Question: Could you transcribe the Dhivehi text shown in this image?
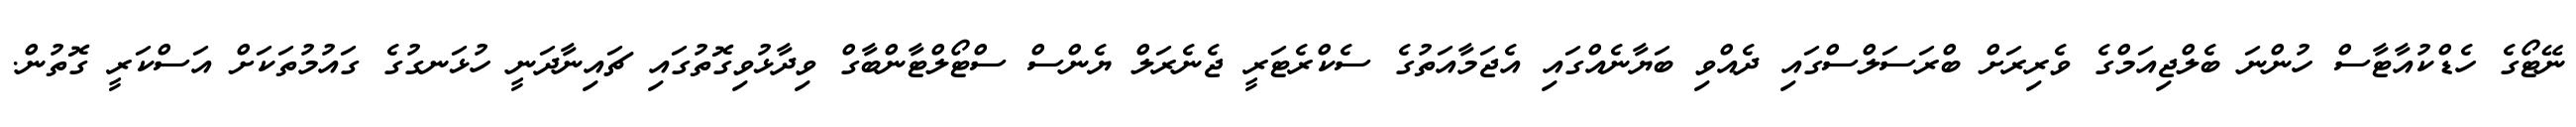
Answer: ނޭޓޯގެ ހެޑްކުއާޓާސް ހުންނަ ބެލްޖިއަމްގެ ވެރިރަށް ބްރަސަލްސްގައި ދެއްވި ބަޔާނެއްގައި އެޖަމާއަތުގެ ސެކްރެޓަރީ ޖެނެރަލް ޔެންސް ސްޓޯލްޓާންބާގް ވިދާޅުވިގޮތުގައި ޗައިނާދަނީ ހުޅަނގުގެ ގައުމުތަކަށް އަސްކަރީ ގޮތުން.